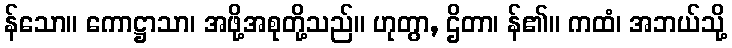
န်သော။ ကောဋ္ဌာသာ၊ အဖို့အစုတို့သည်။ ဟုတွာ, ဌိတာ၊ န်၏။ ကထံ၊ အဘယ်သို့